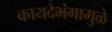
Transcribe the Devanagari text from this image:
कायदेभंगामुळे